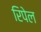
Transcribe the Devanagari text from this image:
रिपेल